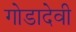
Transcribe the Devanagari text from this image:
गोडादेवी